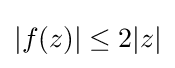
|f(z)|\leq 2|z|